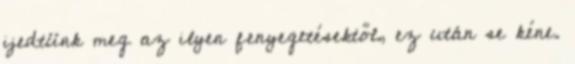
ijedtünk meg az ilyen fenyegetésektől, ez után se kéne.